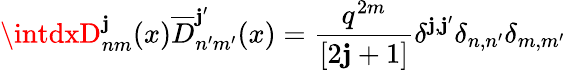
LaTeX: \intdxD_{nm}^{\mathbf{j}}(x)\overline{{{{D}}}}_{n^{\prime}m^{\prime}}^{\mathbf{j}^{\prime}}(x)={\frac{{q^{2m}}}{{[2\mathbf{j}+1]}}}\delta^{\mathbf{j},\mathbf{j}^{\prime}}\delta_{n,n^{\prime}}\delta_{m,m^{\prime}}